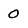
Character: 0